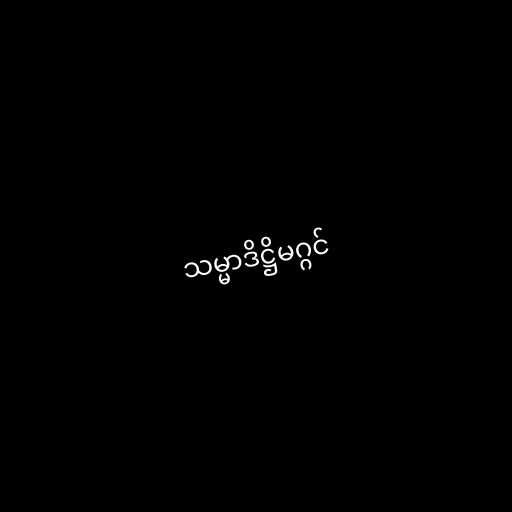
သမ္မာဒိဋ္ဌိမဂ္ဂင်